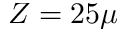
Z = 2 5 \mu